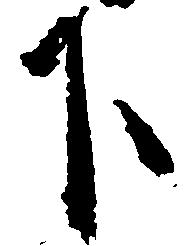
下